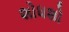
શોધશો